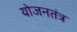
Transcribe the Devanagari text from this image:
योजनतंत्र